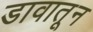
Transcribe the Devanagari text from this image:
डावातून